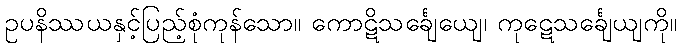
ဥပနိဿယနှင့်ပြည့်စုံကုန်သော။ ကောဋိသင်္ချေယျေ၊ ကုဋေသင်္ချေယျကို။